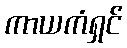
ကာယကံရှင်